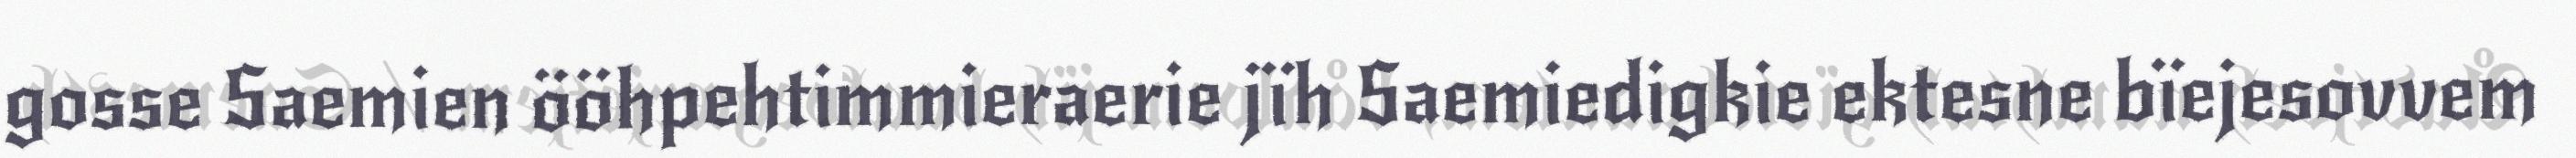
gosse Saemien ööhpehtimmieraerie jïh Saemiedigkie ektesne bïejesovvem